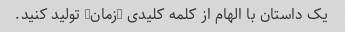
یک داستان با الهام از کلمه کلیدی "زمان" تولید کنید.